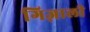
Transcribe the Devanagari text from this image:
गिज़ाली